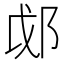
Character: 𫑛